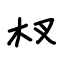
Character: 杈